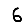
Digit: 6